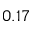
0 . 1 7